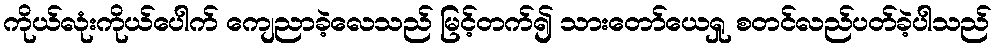
ကိုယ်လုံးကိုယ်ပေါက် ကျေညာခဲ့လေသည် မြင့်တက်၍ သားတော်ယေရှု စတင်လည်ပတ်ခဲ့ပါသည်